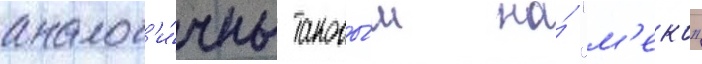
аналог'и́чны таковы́м на́ "м'еко"